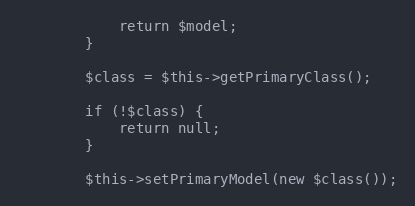
Language: PHP
            return $model;
        }

        $class = $this->getPrimaryClass();

        if (!$class) {
            return null;
        }

        $this->setPrimaryModel(new $class());